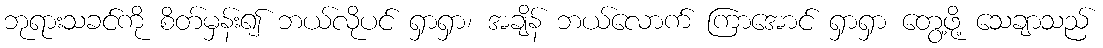
ဘုရားသခင်ကို စိတ်မှန်း၍ ဘယ်လိုပင် ရှာရှာ၊ အချိန် ဘယ်လောက် ကြာအောင် ရှာရှာ တွေ့ဖို့ သေချာသည်